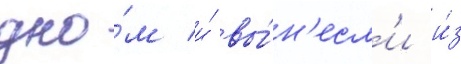
дно́м и́ вы́н'есл'и и́з